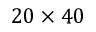
2 0 \times 4 0